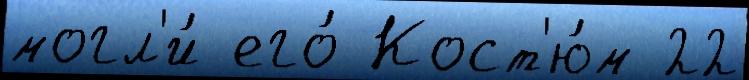
могл'и́ его́ Кост'ю́м 22